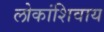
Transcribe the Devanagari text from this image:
लोकांशिवाय